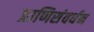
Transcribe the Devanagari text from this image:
प्राणिसंवर्धन